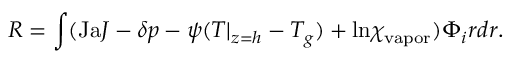
R = \int ( \mathrm { J a } J - \delta p - \psi ( T | _ { z = h } - T _ { g } ) + \mathrm { l n } \chi _ { \mathrm { v a p o r } } ) \Phi _ { i } r d r .